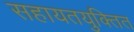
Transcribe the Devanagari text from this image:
सहायतयुक्तित